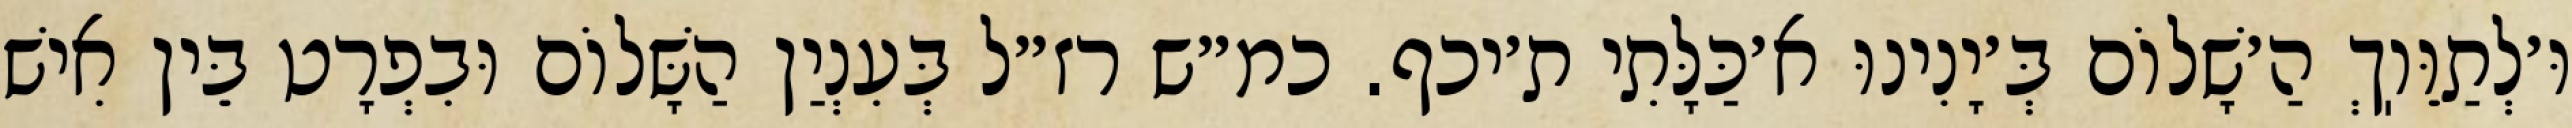
וּ׳לְתַוֵּוֽךְ הַ׳שָׁלוֹם בְּ׳יָנִינוּ א׳כַּלָּתִי ת׳יכף. כמ״ש רז״ל בְּעִנְיַן הַשָּׁלוֹם וּבִפְרָט בֵּין אִישׁ